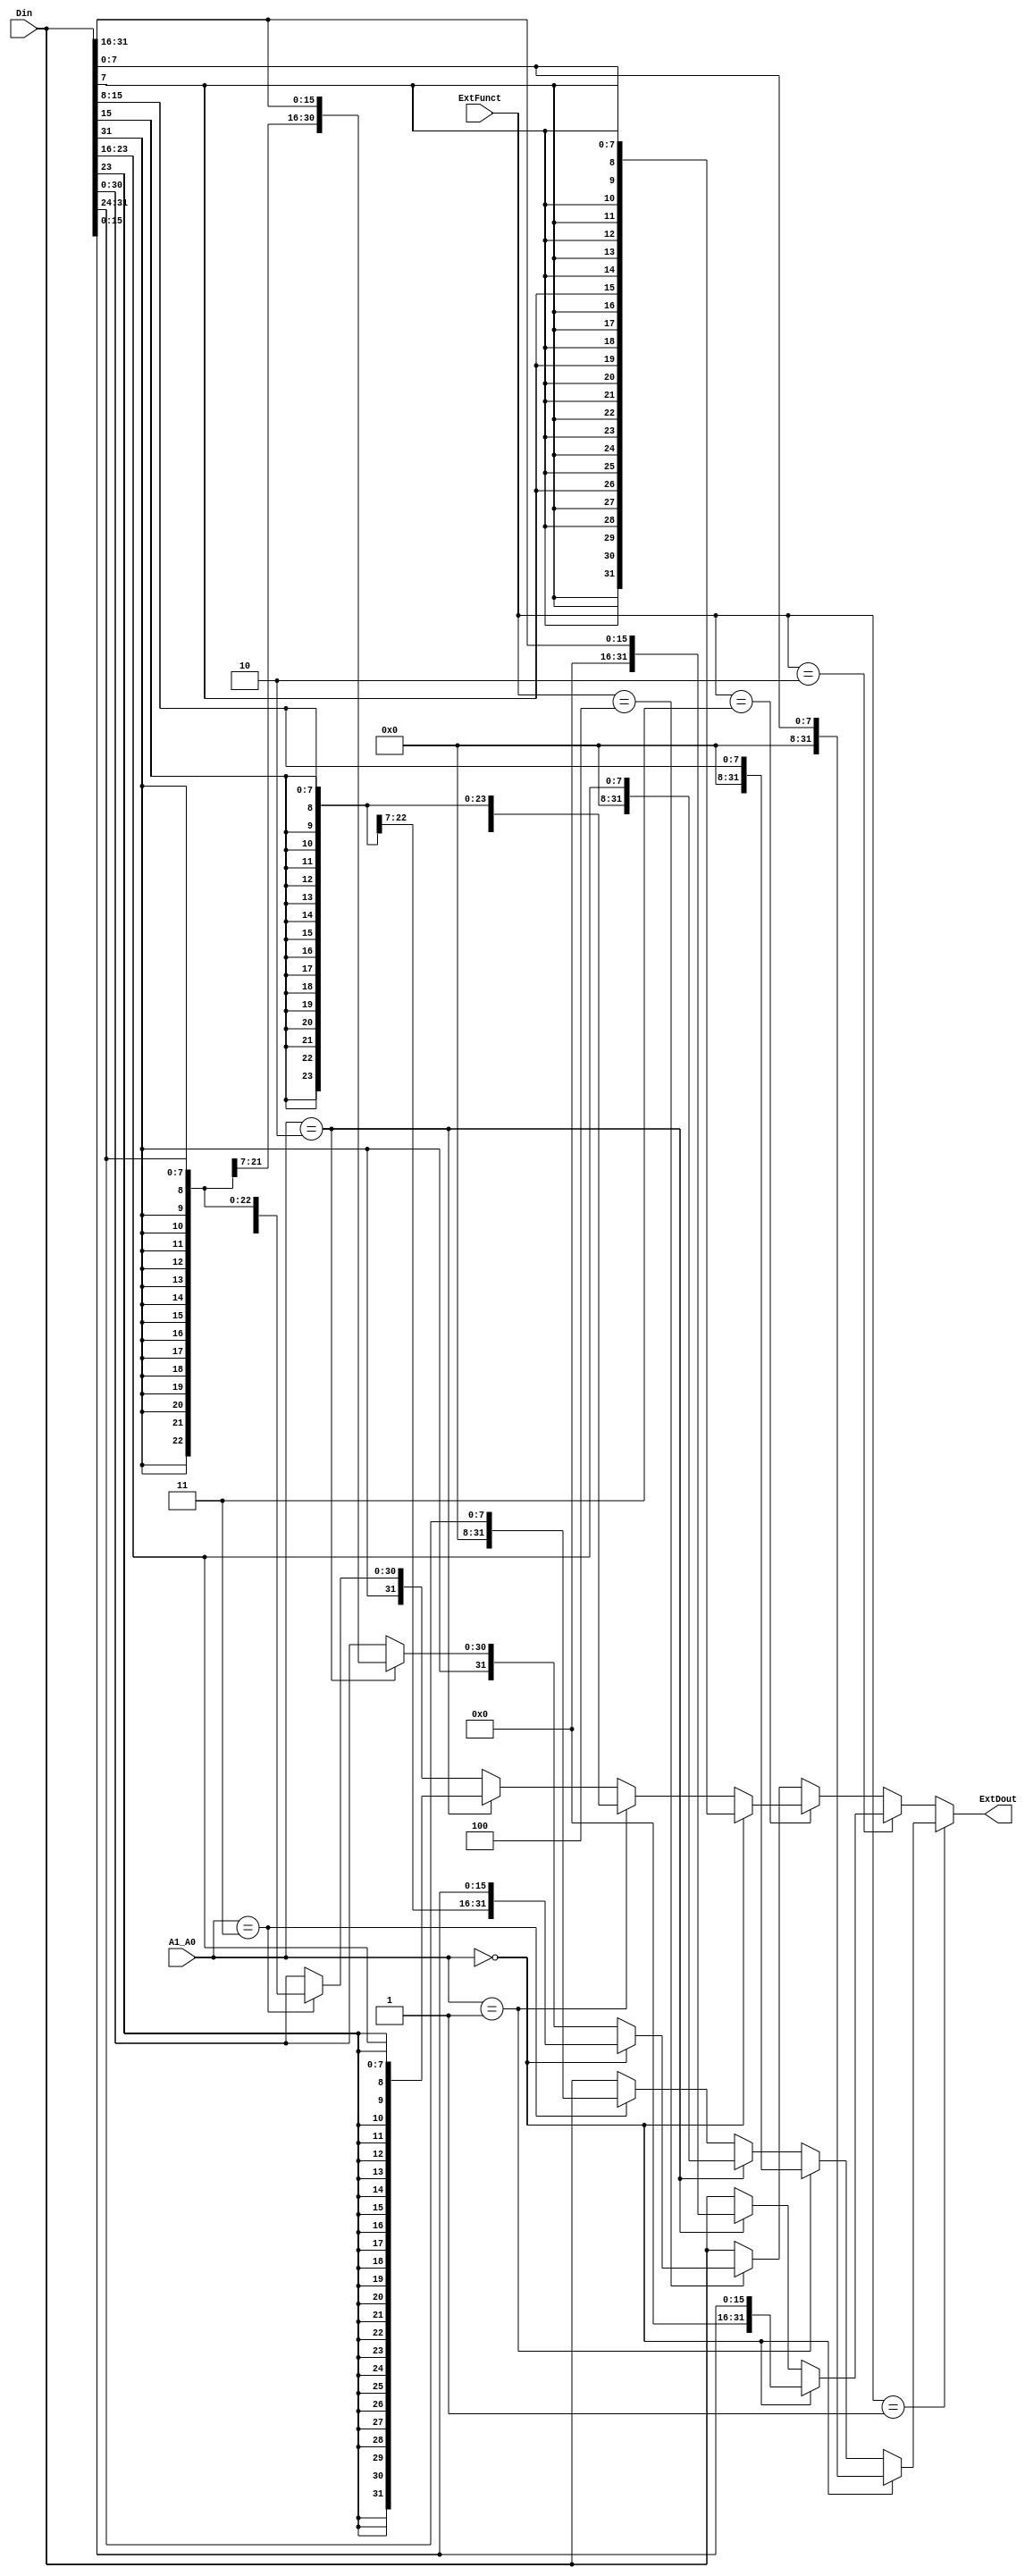
module DataExtension(input [31:0] Din,input [2:0] ExtFunct,input [1:0] A1_A0,output [31:0] ExtDout);
  assign ExtDout=(ExtFunct==3'b001)?
                ((A1_A0==2'b00)?{24'b00000000_00000000_00000000,Din[7:0]}:
                (A1_A0==2'b01)?{24'b00000000_00000000_00000000,Din[15:8]}:
                (A1_A0==2'b10)?{24'b00000000_00000000_00000000,Din[23:16]}:
                (A1_A0==2'b11)?{24'b00000000_00000000_00000000,Din[31:24]}:Din)
                :
                (ExtFunct==3'b010)?
                ((A1_A0==2'b00)?{16'b00000000_00000000,Din[15:0]}:
                (A1_A0==2'b10)?{16'b00000000_00000000,Din[31:16]}:Din)
                :
                (ExtFunct==3'b011)?
                ((A1_A0==2'b00)?{{24{Din[7]}},Din[7:0]}:
                (A1_A0==2'b01)?{{24{Din[15]}},Din[15:8]}:
                (A1_A0==2'b10)?{{24{Din[23]}},Din[23:16]}:
                (A1_A0==2'b11)?{{24{Din[31]}},Din[31:24]}:Din)
                :
                (ExtFunct==3'b100)?
                ((A1_A0==2'b00)?{{16{Din[15]}},Din[15:0]}:
                (A1_A0==2'b10)?{{16{Din[31]}},Din[31:16]}:Din)
                :Din;           
endmodule